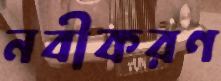
নবীকরণ